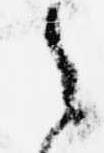
之